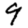
Digit: 9